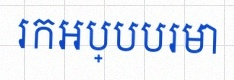
រកអប្បបរមា